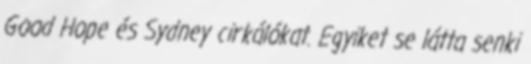
Good Hope és Sydney cirkálókat. Egyiket se látta senki